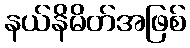
နယ်နိမိတ်အဖြစ်